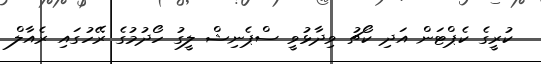
ކުރީގެ ކެޕްޓަން އަދި ކޯޗު ވިދާޅުވީ ސްޕެނިޝް ލީގު ހޯދުމުގެ ރޭހުގައި ރެއާލް